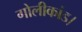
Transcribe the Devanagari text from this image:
गोलीकांड।